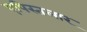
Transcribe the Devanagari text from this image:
एपिस्तलार